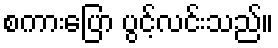
စကားပြော ပွင့်လင်းသည်။